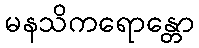
မနသိကရောန္တော